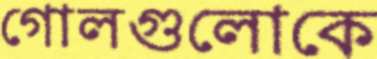
গোলগুলোকে